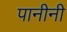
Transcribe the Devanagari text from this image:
पानीनी